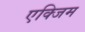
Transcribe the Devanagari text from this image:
एक्जिम